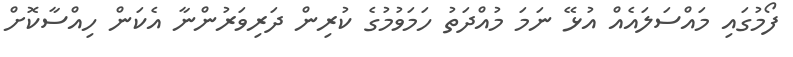
ފޯމުގައި މައްސަލައެއް އުޅޭ ނަމަ މުއްދަތު ހަމަވުމުގެ ކުރިން ދަރިވަރުންނާ އެކަން ހިއްސާކޮށް